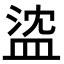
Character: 𥁭